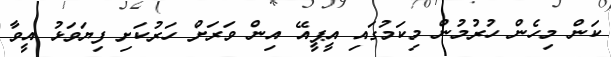
ކަން މިހެން ހުރުމުން މިކަމުގައި އީޕީއޭ އިން ވަރަށް ހަރުކަށި ފިޔަވަޅު އީވާ